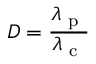
D = \frac { \lambda _ { \mathrm { ~ p ~ } } } { \lambda _ { \mathrm { ~ c ~ } } }